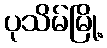
ပုသိမ်မြို့